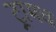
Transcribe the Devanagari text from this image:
ट्रामच